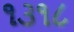
૧૩૧૮